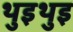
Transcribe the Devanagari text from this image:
थुइथुइ